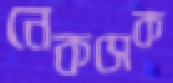
নেকসেক